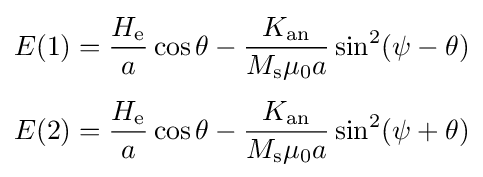
{\begin{aligned}E(1)&={\frac {H_{\text{e}}}{a}}\cos \theta -{\frac {K_{\text{an}}}{M_{\text{s}}\mu _{0}a}}\sin ^{2}(\psi -\theta )\\[4pt]E(2)&={\frac {H_{\text{e}}}{a}}\cos \theta -{\frac {K_{\text{an}}}{M_{\text{s}}\mu _{0}a}}\sin ^{2}(\psi +\theta )\end{aligned}}